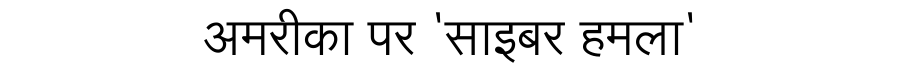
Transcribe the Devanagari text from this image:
अमरीका पर 'साइबर हमला'